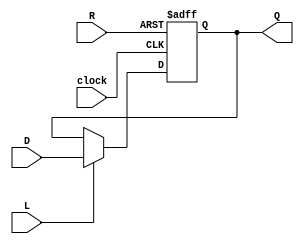
//register
module lab3_register (L, Q, D, R, clock);
	parameter N = 32;
	output reg [N-1:0]Q;
	input [N-1:0]D;
	input L;
	input R;
	input clock;
		
	always @(posedge clock or posedge R) 
	begin
		if(R)
			Q <= 0;
		else if(L)
			Q<= D;
		else 
			Q <= Q;
	end
endmodule